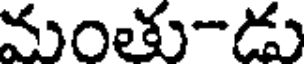
మంతు-డు